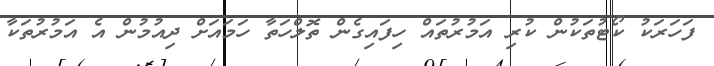
ފަހަރަކު ކޯޓުތަކުން ކުރި އަމުރުތައް ހިފައިގެން ތޮލްހަތާ ހަމައަށް ދިއުމުން އެ އަމުރުތަކާ